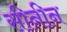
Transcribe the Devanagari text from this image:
सीनीन